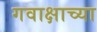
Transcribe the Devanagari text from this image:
गवाक्षाच्या